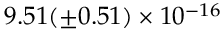
9 . 5 1 ( \pm 0 . 5 1 ) \times 1 0 ^ { - 1 6 }